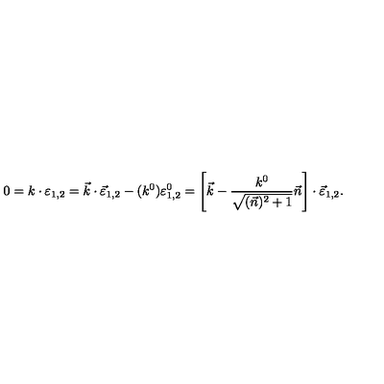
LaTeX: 0 = k \cdot \varepsilon _ { 1 , 2 } = \vec { k } \cdot \vec { \varepsilon } _ { 1 , 2 } - ( k ^ { 0 } ) \varepsilon _ { 1 , 2 } ^ { 0 } = \left[ \vec { k } - \frac { k ^ { 0 } } { \sqrt { ( \vec { n } ) ^ { 2 } + 1 } } \vec { n } \right] \cdot \vec { \varepsilon } _ { 1 , 2 } .